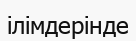
ілімдерінде